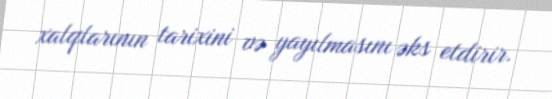
xalqlarının tarixini və yayılmasını əks etdirir.